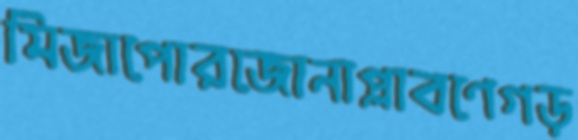
মিজাপোরজোনাপ্লাবণেগড়